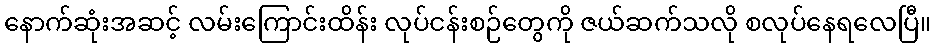
နောက်ဆုံးအဆင့် လမ်းကြောင်းထိန်း လုပ်ငန်းစဉ်တွေကို ဇယ်ဆက်သလို စလုပ်နေရလေပြီ။